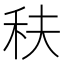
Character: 䄮